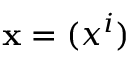
\mathbf { x } = ( x ^ { i } )